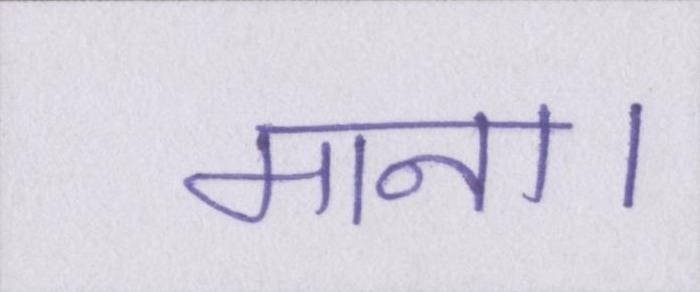
माना।